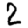
Digit: 2